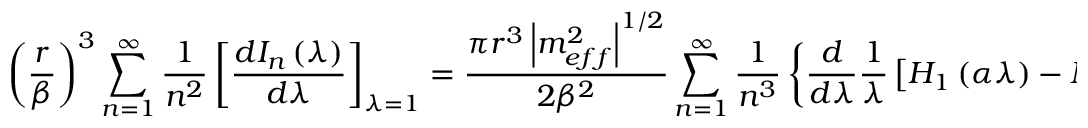
\left( \frac { r } { \beta } \right) ^ { 3 } \sum _ { n = 1 } ^ { \infty } \frac { 1 } { n ^ { 2 } } \left[ \frac { d I _ { n } \left( \lambda \right) } { d \lambda } \right] _ { \lambda = 1 } = \frac { \pi r ^ { 3 } \left| m _ { e f f } ^ { 2 } \right| ^ { 1 / 2 } } { 2 \beta ^ { 2 } } \sum _ { n = 1 } ^ { \infty } \frac { 1 } { n ^ { 3 } } \left\{ \frac { d } { d \lambda } \frac { 1 } { \lambda } \left[ H _ { 1 } \left( \alpha \lambda \right) - N _ { 1 } \left( \alpha \lambda \right) \right] \right\} _ { \lambda = 1 } ,